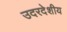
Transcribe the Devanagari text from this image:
उदरदेशीय